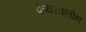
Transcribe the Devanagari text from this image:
फेयरक्लोथ